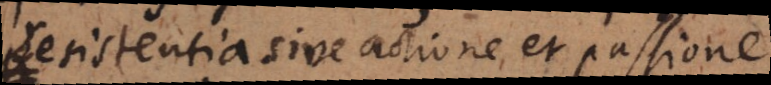
resistentia sive actione et passione.